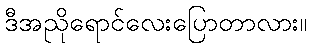
ဒီအညိုရောင်လေးပြောတာလား။